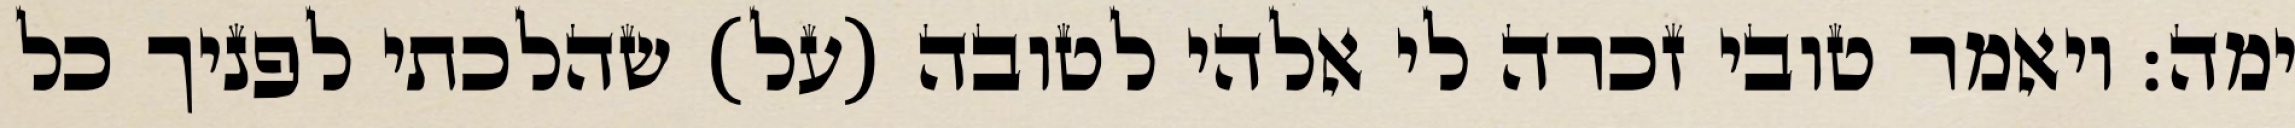
ימה: ויאמר טובי זכרה לי אלהי לטובה (על) שהלכתי לפניך כל